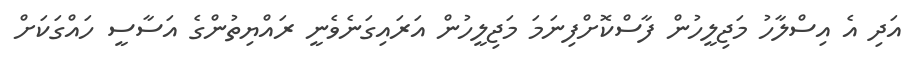
އަދި އެ އިސްލާހު މަޖިލީހުން ފާސްކޮށްފިނަމަ މަޖިލީހުން އަރައިގަނެވެނީ ރައްޔިތުންގެ އަސާސީ ހައްގަކަށް